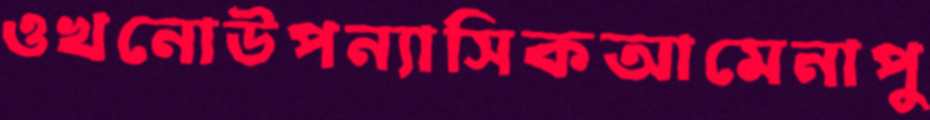
ওখনোউপন্যাসিকআমেনাপু